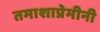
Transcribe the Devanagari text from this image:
तमाशाप्रेमीनी